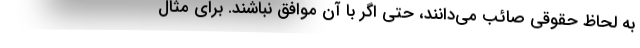
به لحاظ حقوقی صائب می‌دانند، حتی اگر با آن موافق نباشند. برای مثال